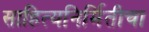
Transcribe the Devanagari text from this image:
साहित्यनिर्मितीचा